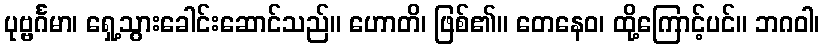
ပုဗ္ဗင်္ဂမာ၊ ရှေ့သွားခေါင်းဆောင်သည်။ ဟောတိ၊ ဖြစ်၏။ တေနေဝ၊ ထို့ကြောင့်ပင်။ ဘဂဝါ၊